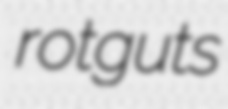
rotguts